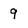
Character: 9